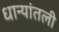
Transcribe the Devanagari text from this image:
धान्यांतली